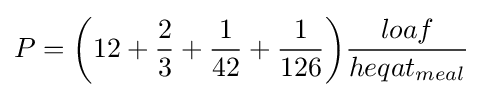
P={\bigg (}12+{\frac {2}{3}}+{\frac {1}{42}}+{\frac {1}{126}}{\bigg )}{\frac {loaf}{heqat_{meal}}}